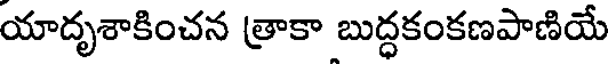
యాదృశాకించన త్రాకా బుద్ధకంకణపాణియే